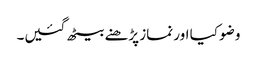
وضو کیا اور نماز پڑھنے بیٹھ گئیں۔